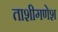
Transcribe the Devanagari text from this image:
ताशीगणेश